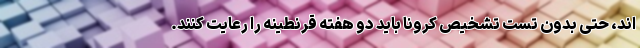
اند، حتی بدون تست تشخیص کرونا باید دو هفته قرنطینه را رعایت کنند.